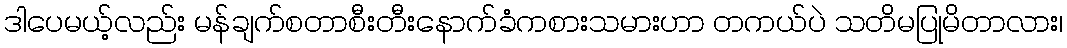
ဒါပေမယ့်လည်း မန်ချက်စတာစီးတီးနောက်ခံကစားသမားဟာ တကယ်ပဲ သတိမပြုမိတာလား၊